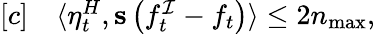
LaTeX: \begin{array}{rl}{[c]}&{{}\langle\eta_{t}^{H},\mathbf{s}\left(f_{t}^{\mathcal{I}}-f_{t}\right)\rangle\leq 2n_{\operatorname*{max}},}\end{array}